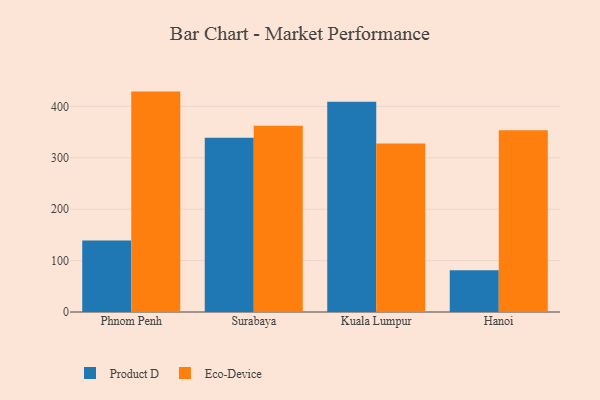
{"axis": {"x": "City", "y": "Net Income (USD K)"}, "legend": ["Eco-Device", "Product D"], "data": [{"x": "Phnom Penh", "y": 139.3, "type": "Product D"}, {"x": "Phnom Penh", "y": 428.8, "type": "Eco-Device"}, {"x": "Surabaya", "y": 338.8, "type": "Product D"}, {"x": "Surabaya", "y": 362.3, "type": "Eco-Device"}, {"x": "Kuala Lumpur", "y": 409.0, "type": "Product D"}, {"x": "Kuala Lumpur", "y": 327.9, "type": "Eco-Device"}, {"x": "Hanoi", "y": 81.4, "type": "Product D"}, {"x": "Hanoi", "y": 353.6, "type": "Eco-Device"}]}